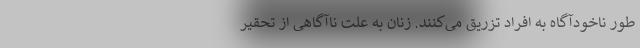
طور ناخودآگاه به افراد تزریق می‌کنند. زنان به علت ناآگاهی از تحقیر